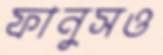
ফানুসও